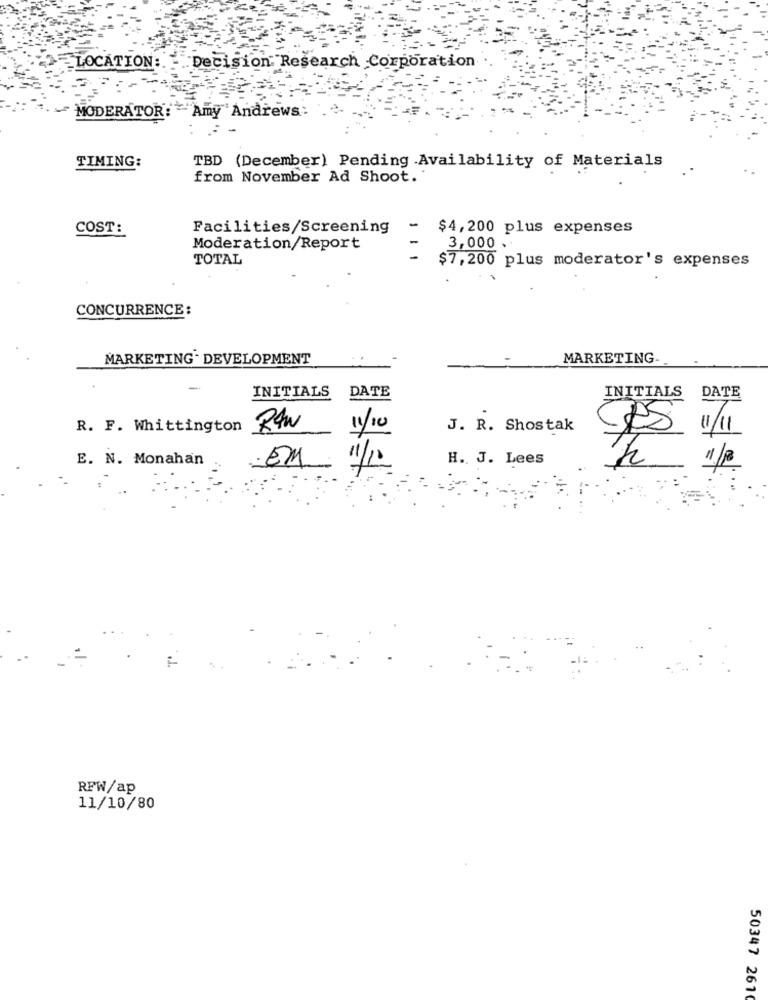
LOCATION:
Decision Research Corporation
MODERATOR: Amy Andrews:
TIMING:
TBD (December) Pending .Availability of Materials
from November Ad Shoot.
COST:
Facilities/Screening
$4,200 plus expenses
Moderation/Report
3,000 .
TOTAL
$7,200 plus moderator's expenses
CONCURRENCE :
MARKETING. DEVELOPMENT
MARKETING-
-
INITIALS
DATE
INITIALS
DATE
R. F. Whittington
RAW
11/10
J. R. Shostak
CES 1/11
E. N. Monahan
11/10
H. J. Lees
.EM
RFW/ap
11/10/80
50347 261